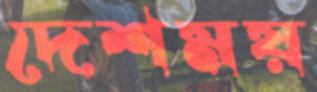
দেশময়